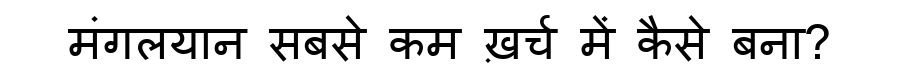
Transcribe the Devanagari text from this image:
मंगलयान सबसे कम ख़र्च में कैसे बना?